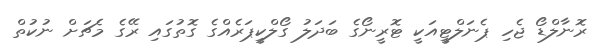
ރޮނާލްޑޯ ޖެހި ޕެނަލްޓީއަކީ ޓޮރީނޯގެ ބަދަލު ގޯލްކީޕަރެއްގެ ގޮތުގައި ރޭގެ މެޗަށް ނުކުތް